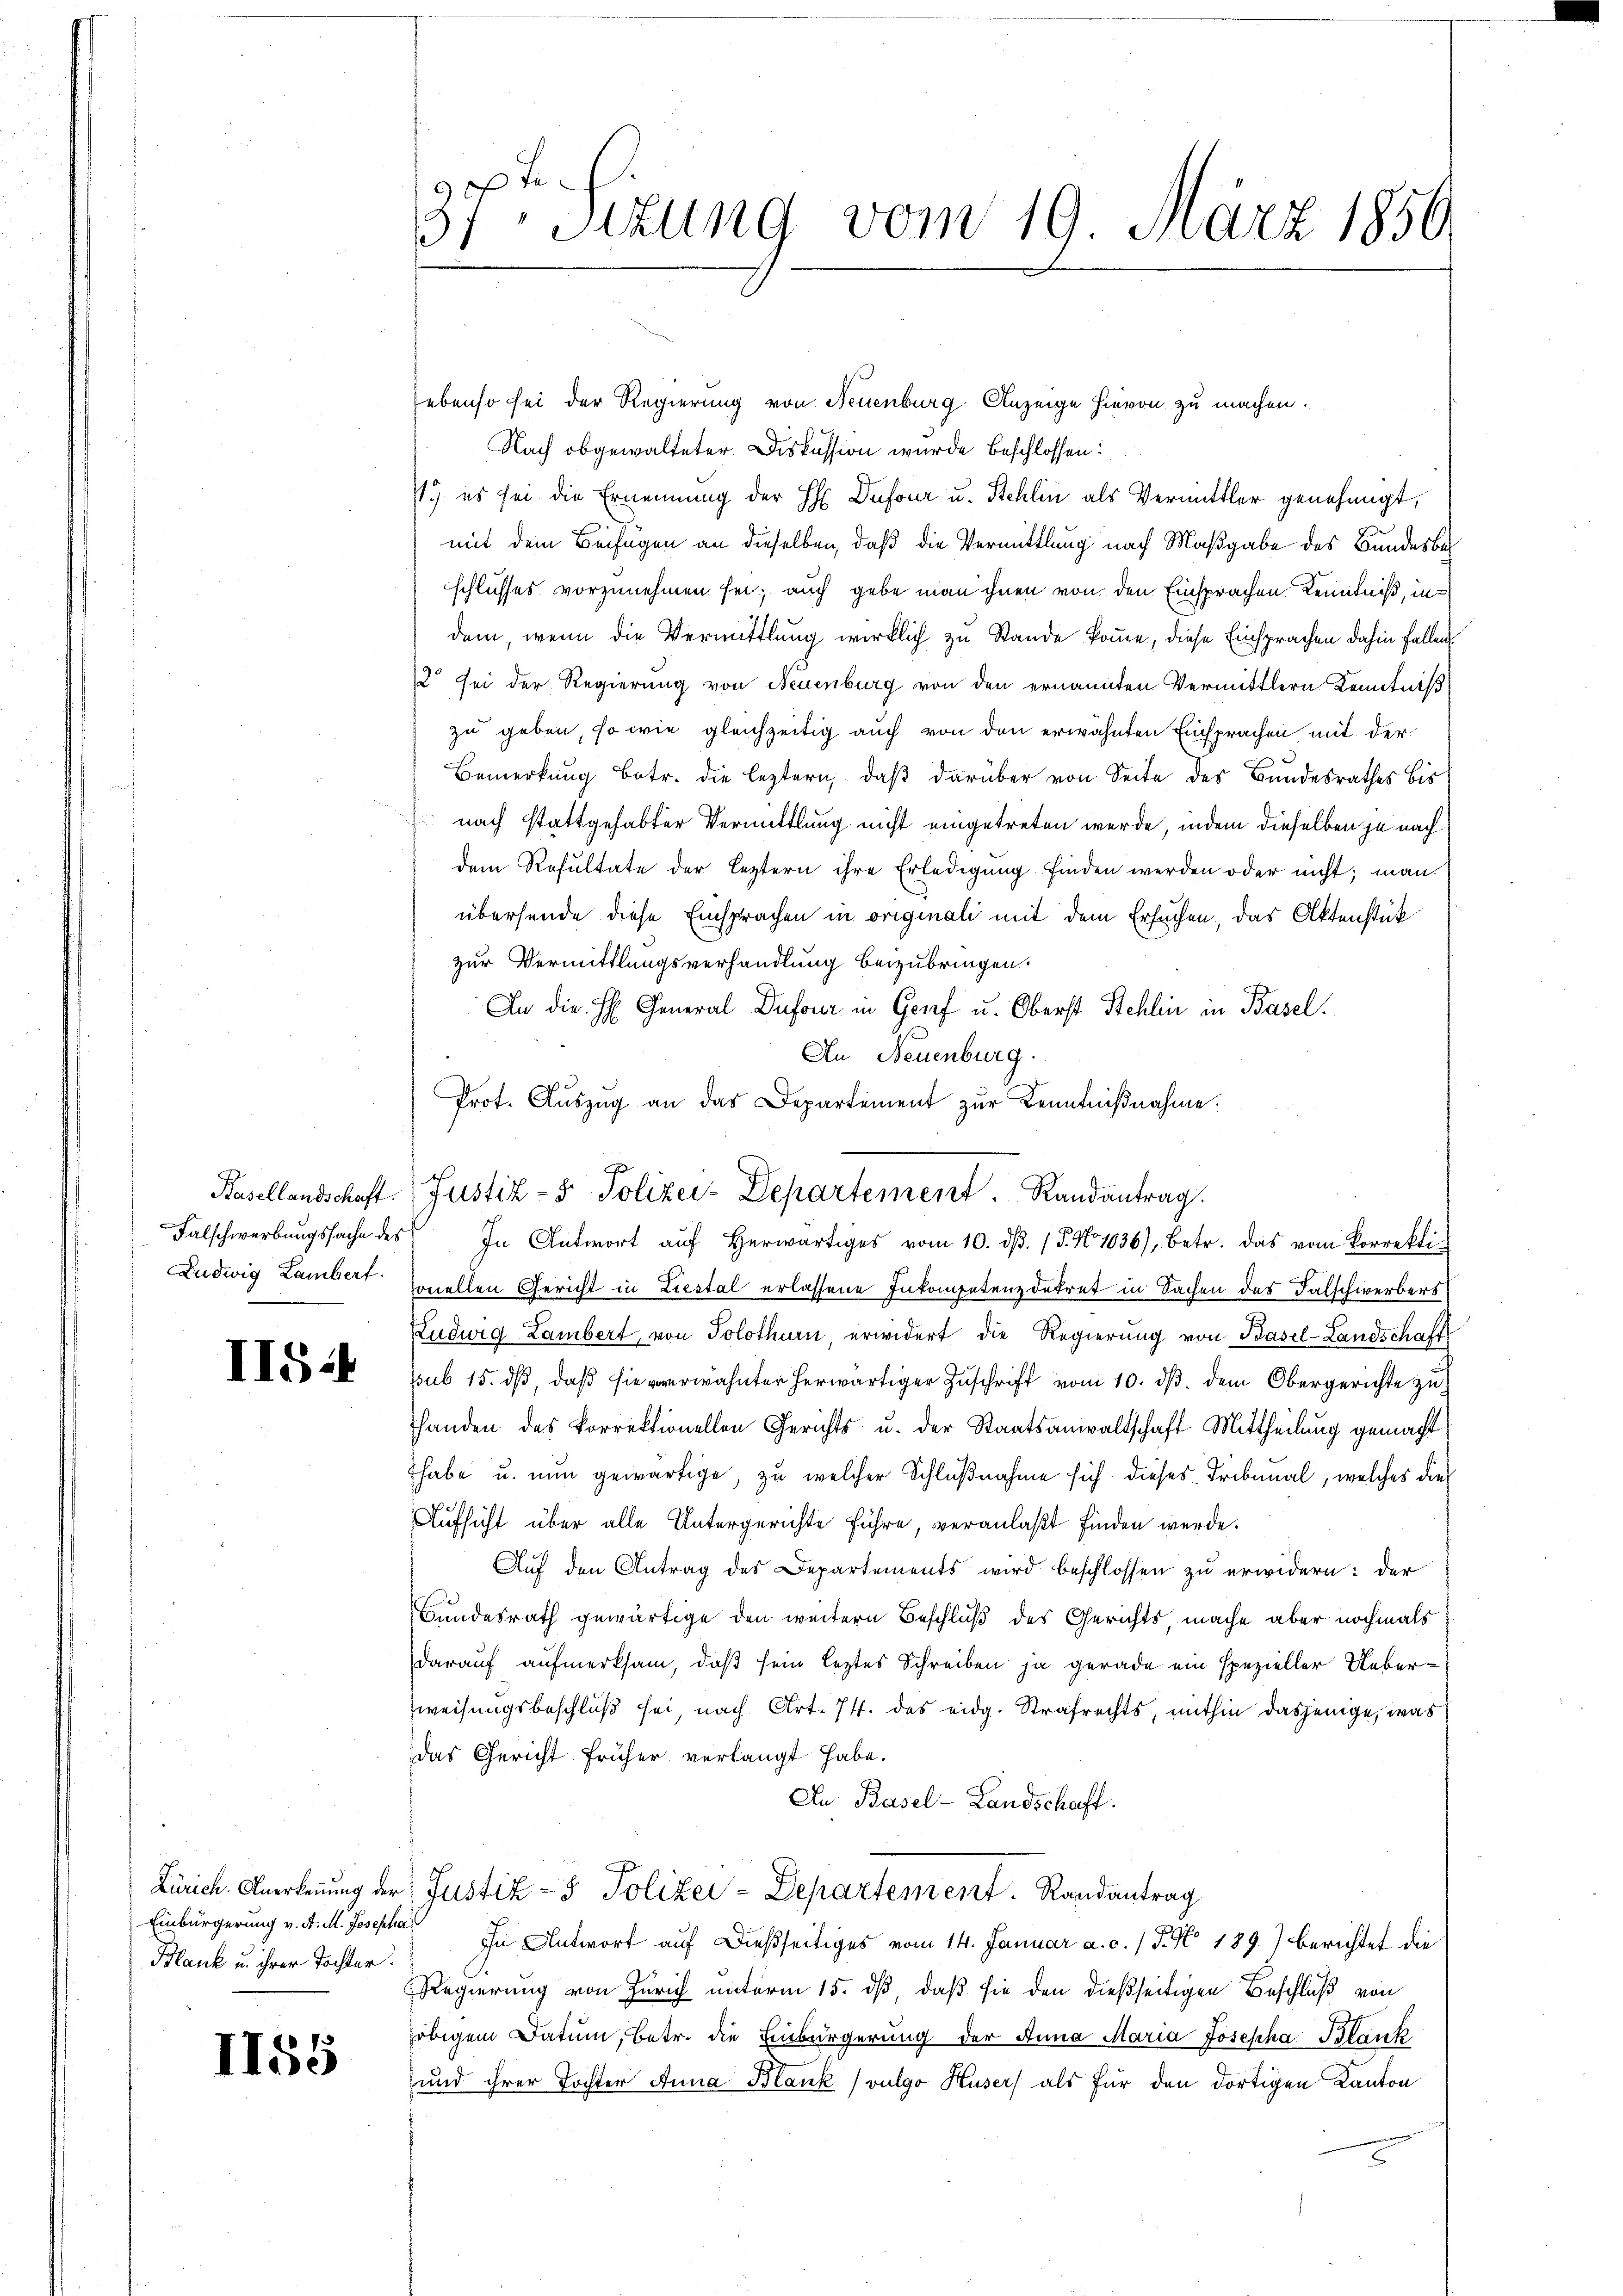
II5:

Einbürgerung v. A. M. Josepha
Blank u. ihrer Tochter.

II55

37ten Sizung vom 19. März 1850

ebenso sei der Regierung von Neuenburg Anzeige hievon zu machen.
Nach obgewalteter Diskussion wurde beschlossen:
7.) es sei die Ernennung der H Dufour u. Stehlin als Vermittler genehmigt,
mit dem Beifügen an dieselben, daß die Vermittlung nach Maßgabe des Bundesbeschlusses vorzunehmen sei; auch gebe man ihnen von den Einsprachen Kenntniß, indem, wenn die Vermittlung wirklich zu Stande komme, diese Einsprachen dahin fallen,
12 sei der Regierung von Neuenburg von den ernannten Vermittlern Kenntniß
zu geben, so wie gleichzeitig auch von den erwähnten Einsprachen, mit der
Bemerkung betr. die leztern, daß darüber von Seite des Bundesrathes bis
 nach stattgehabter Vermittlung nicht eingetreten werde, indem dieselben je nachdem Resultate der leztern ihre Erledigung finden werden oder nicht; man
übersende diese Einsprachen in originali mit dem Ersuchen, das Aktenstük
zur Vermittlungsverhandlung beizubringen.
An die H. General Dufour in Genf u. Oberst Schlin in Basel.
An Neuenburg.
Prot. Aŭszŭg an das Departement zŭr Kenntnißnahme.
Falschwerbŭngssache des In Antwort aŭf herwärtiges vom 10. dβ. / 5. No 1036), betr. das vom Korrekti-
Ludwig Lambert vollen Gericht in Liestal erlassene Inkompetenz dekret in Sachen des Falschwerbers
Ludwig Lambert, von Solothurn, erwidert die Regierung von Basel-Landschafts
ssub 15. dβ, daß sie erwähnter herwärtiger Zuschrift vom 10. dβ dem Obergerichte zu
handen des korrektionellen Gerichts u. der Staatsanwaltschaft Mittheilung gemacht
habe u. nun gewärtige, zu welcher Schlußnahme sich dieses Tribunal, welches dies
Aufsicht über alle Untergerichte führe, veranlaßt finden werde.
Auf den Antrag des Departements wird beschlossen zu erwidern: der
Bundesrath gewärtige den weitern Beschluß des Gerichts, mache aber nochmals
darauf aufmerksam, daß sein letztes Schreiben ja gerade ein spezieller Ueber¬
Zweisungsbeschluß sei, nach Art. 74. das eidg. Strafrechts, mithin dasjenige, was
das Gericht früher verlangt habe.
In Basel-Landschaft.
Zürich. Anerkennung der Justiz- & Polizei-Departement. Randantrag
In Antwort auf dießseitiges vom 14. Januar a. c. / P. N. 189.) berichtet die
Regierung von Zürich unterm 15. dß, daß sie den dießseitigen Beschluß von
obigem Datum, betr. die Einbürgerung der Anna Maria Josepha Blank
und ihrer Tochter Anna Blank ( vulgo Huser) als für den dortigen Kanton

p
Basellandschaft. Justiz- & Polizei-Departement. Randantrag.